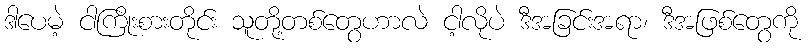
ဒါပေမဲ့ ငါကြိုးစားတိုင်း သူတို့တစ်တွေဟာလဲ ငါ့လိုပဲ ဒီအခြင်းအရာ၊ ဒီအဖြစ်တွေကို